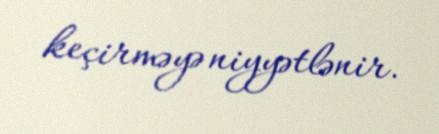
keçirməyə niyyətlənir.